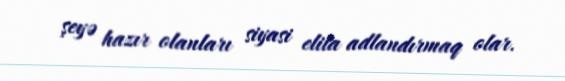
şeyə hazır olanları siyasi elita adlandırmaq olar.